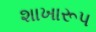
શાખારૂપ